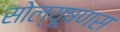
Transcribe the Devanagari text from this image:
सोल्यूषणस